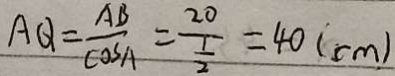
A Q = \frac { A B } { \cos A } = \frac { 2 0 } { \frac { 1 } { 2 } } = 4 0 ( c m )